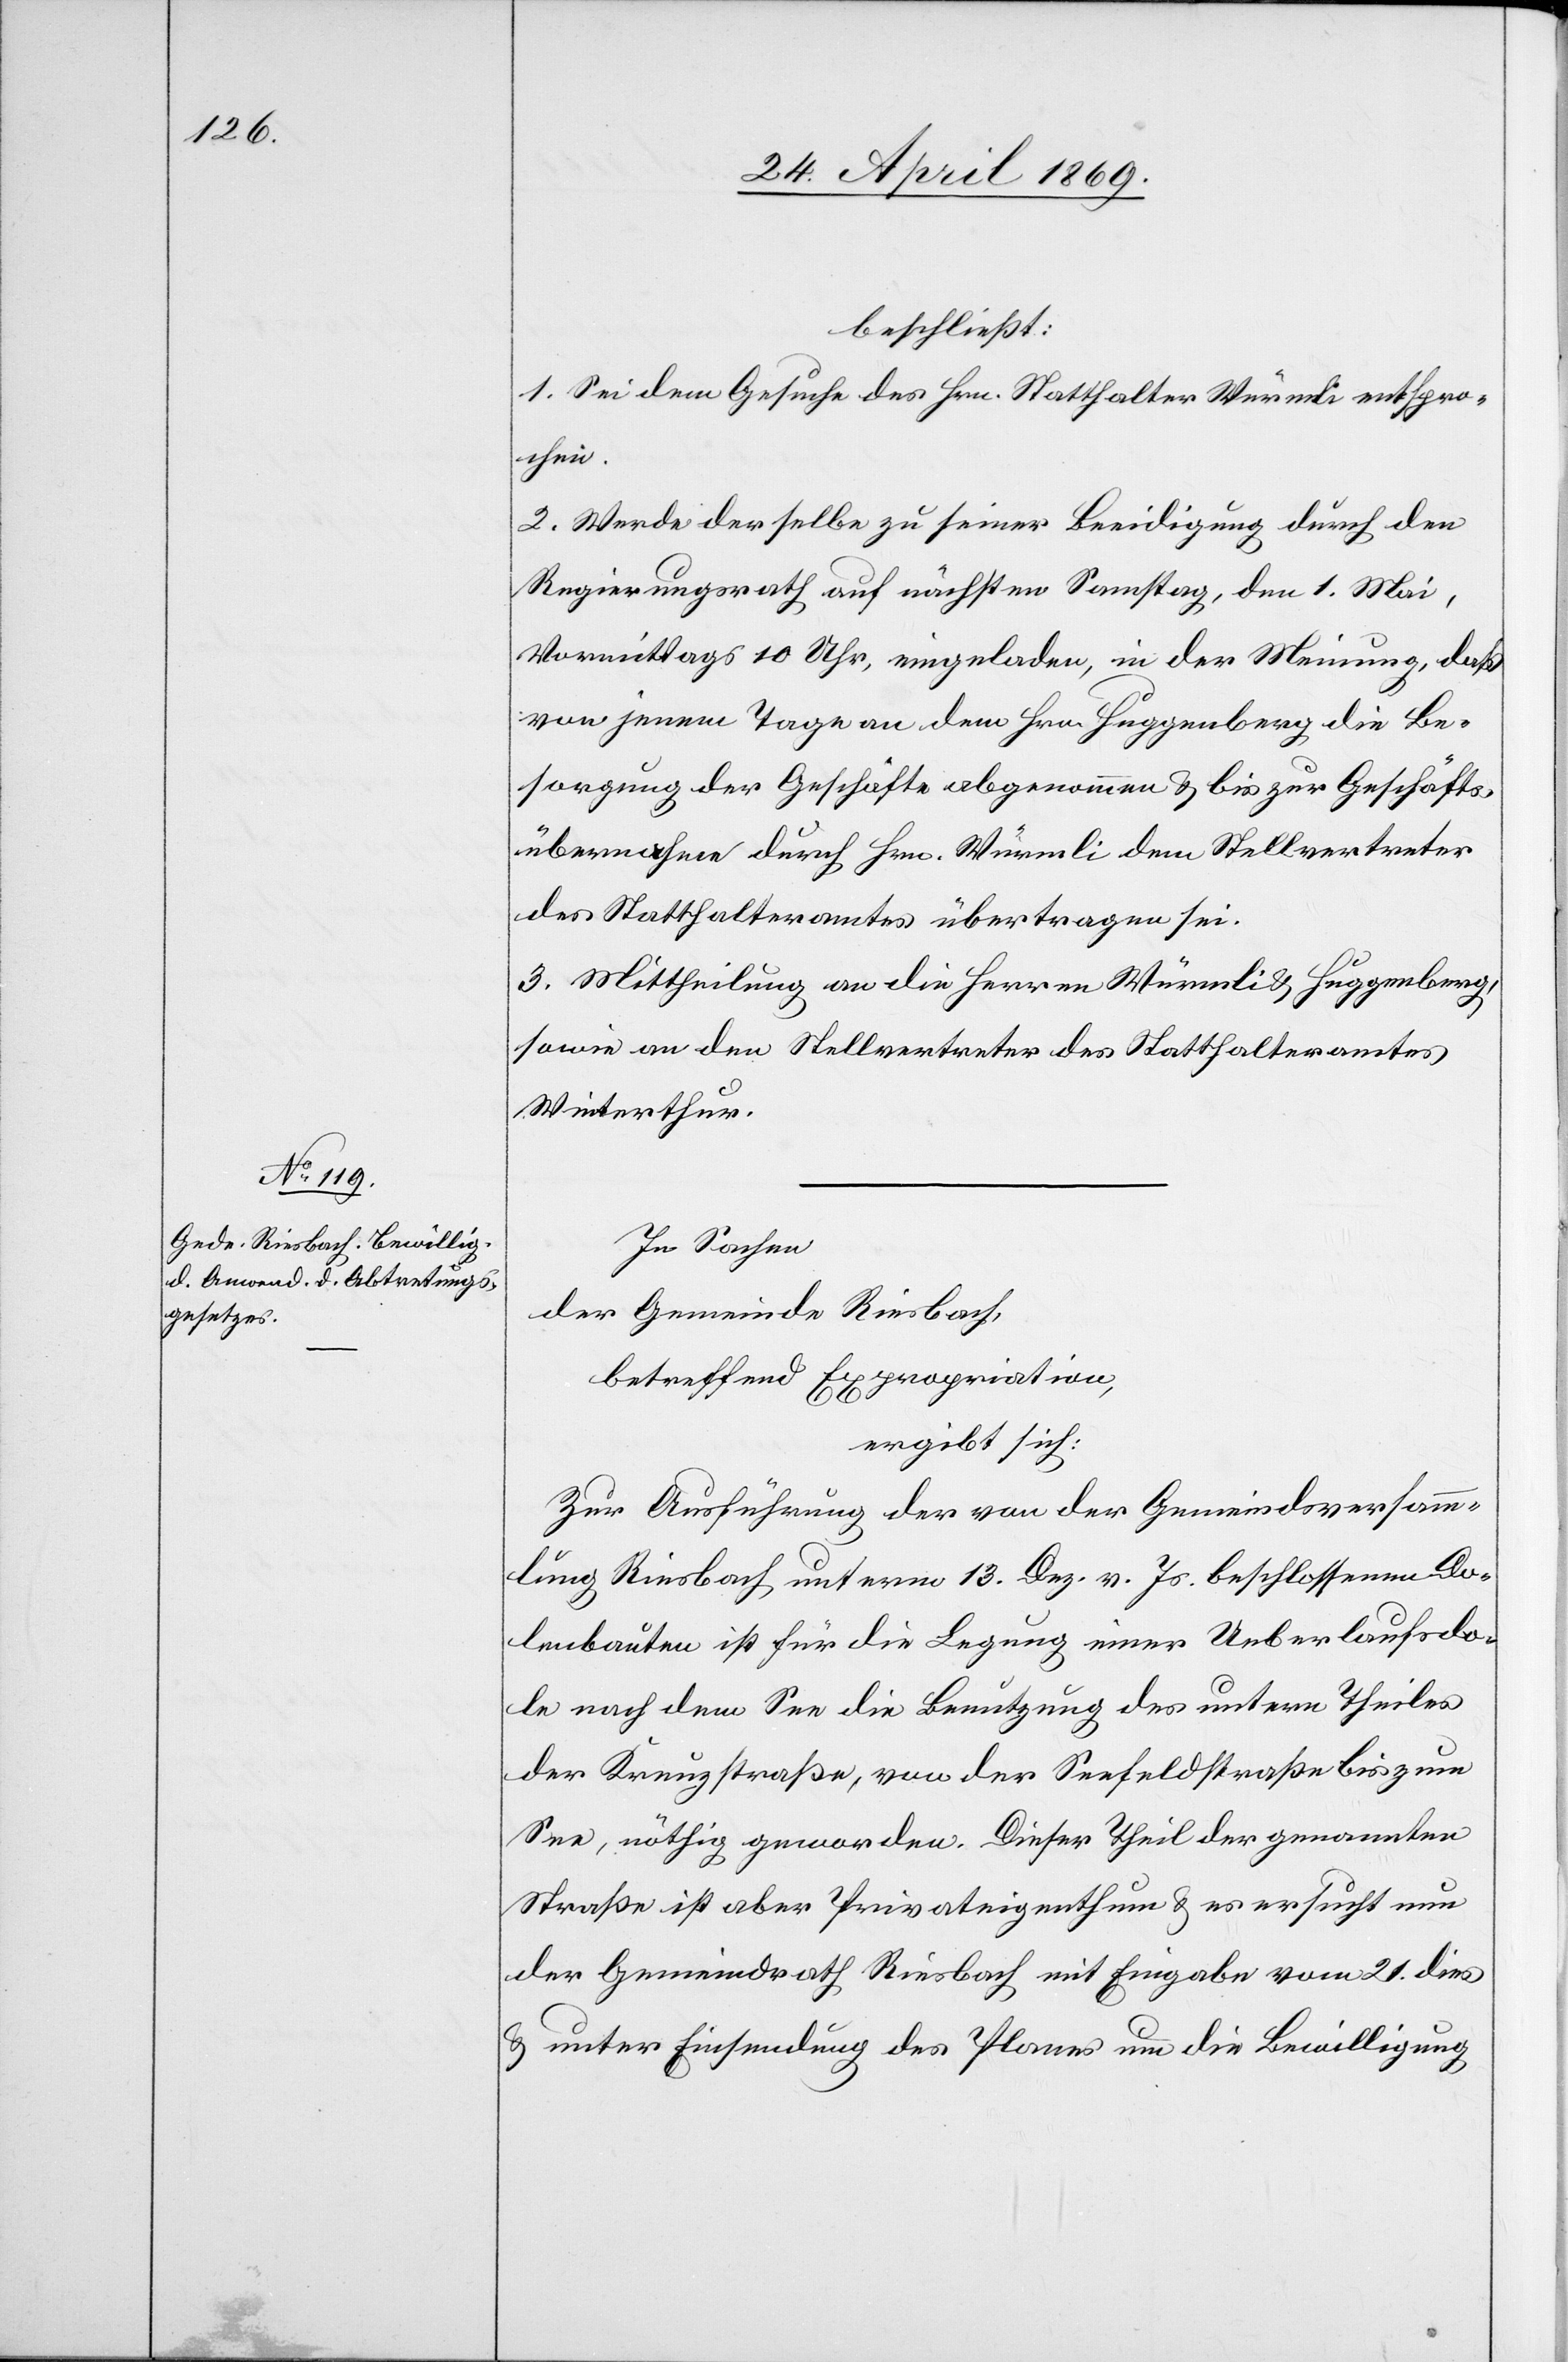
beschließt:
1. Sei dem Gesuche des Hrn. Statthalter Würmli entspro¬
chen.
2. Werde derselbe zu einer Beeidigung durch den
Regierungsrath auf nächsten Samstag, den 1. Mai,
Vormittags 10 Uhr, eingeladen, in der Meinung, daß
von jenem Tage an dem Hrn. Huggenberg die Be¬
sorgung der Geschäfte abgenommen u. bis zur Geschäfts¬
übernahme durch Hrn. Würmli dem Stellvertreter
des Statthalteramtes übertragen sei.
3. Mittheilung an die Herren Würmli u. Huggenberg,
sowie an den Stellvertreter des Statthalteramtes
Winterthur.
In Sachen
der Gemeinde Riesbach,
betreffend Expropriation,
ergibt sich:
Zur Ausführung der von der Gemeindsversamm¬
lung Riesbach, unterm 13. Dez. v. Js. beschlossenen Do¬
lenbauten ist für die Legung einer Ueberlaufsdo¬
le nach dem See die Benutzung des untern Theiles
der Kreuzstraße, von der Seefeldstraße bis zum
See, nöthig geworden. Dieser Theil der genannten
Straße ist aber Privateigenthum u. es ersucht nun
der Gemeindrath Riesbach mit Eingabe vom 21. dies
u. unter Einsendung des Planes um die Bewilligung